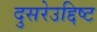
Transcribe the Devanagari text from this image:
दुसरेउद्दिष्ट